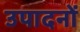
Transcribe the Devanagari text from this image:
उपादनों